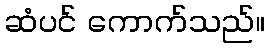
ဆံပင် ကောက်သည်။